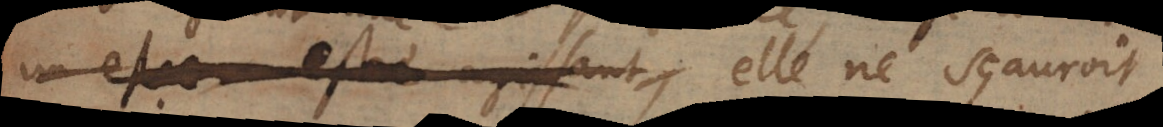
un estre agissant, elle ne sçauroit